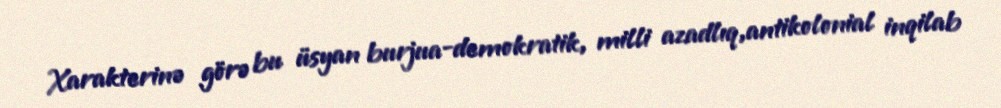
Xarakterinə görə bu üsyan burjua-demokratik, milli azadlıq,antikolonial inqilab